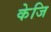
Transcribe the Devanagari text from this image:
केजि